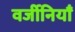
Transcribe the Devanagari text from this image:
वर्जीनियाँ